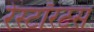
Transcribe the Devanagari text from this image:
रेस्टॉरंटस